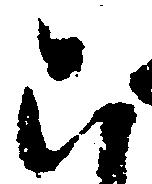
こ